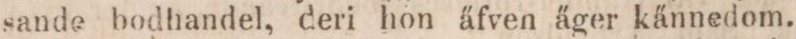
sande bodhandel, deri hon äfven äger kännedom.